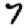
Digit: 7